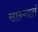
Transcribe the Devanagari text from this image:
सान्गातं